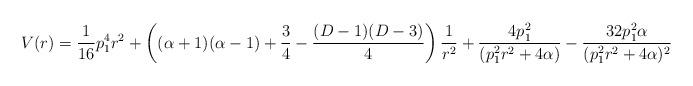
LaTeX: \begin{align*}V(r)=\frac{1}{16}p_1^4r^2+\left((\alpha+1)(\alpha-1)+\frac{3}{4}-\frac{(D-1)(D-3)}{4}\right)\frac{1}{r^2}+\frac{4p_1^2}{(p_1^2r^2+4\alpha)}-\frac{32p_1^2\alpha}{(p_1^2r^2+4\alpha)^2}\end{align*}